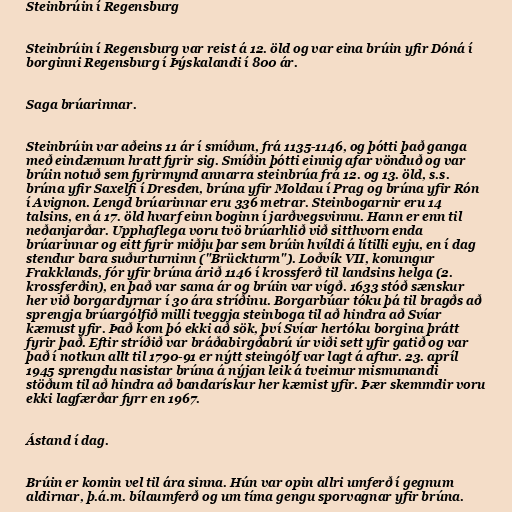
Steinbrúin í Regensburg

Steinbrúin í Regensburg var reist á 12. öld og var eina brúin yfir Dóná í
borginni Regensburg í Þýskalandi í 800 ár.

Saga brúarinnar.

Steinbrúin var aðeins 11 ár í smíðum, frá 1135-1146, og þótti það ganga
með eindæmum hratt fyrir sig. Smíðin þótti einnig afar vönduð og var
brúin notuð sem fyrirmynd annarra steinbrúa frá 12. og 13. öld, s.s.
brúna yfir Saxelfi í Dresden, brúna yfir Moldau í Prag og brúna yfir Rón
í Avignon. Lengd brúarinnar eru 336 metrar. Steinbogarnir eru 14
talsins, en á 17. öld hvarf einn boginn í jarðvegsvinnu. Hann er enn til
neðanjarðar. Upphaflega voru tvö brúarhlið við sitthvorn enda
brúarinnar og eitt fyrir miðju þar sem brúin hvíldi á lítilli eyju, en í dag
stendur bara suðurturninn ("Brückturm"). Loðvík VII, konungur
Frakklands, fór yfir brúna árið 1146 í krossferð til landsins helga (2.
krossferðin), en það var sama ár og brúin var vígð. 1633 stóð sænskur
her við borgardyrnar í 30 ára stríðinu. Borgarbúar tóku þá til bragðs að
sprengja brúargólfið milli tveggja steinboga til að hindra að Svíar
kæmust yfir. Það kom þó ekki að sök, því Svíar hertóku borgina þrátt
fyrir það. Eftir stríðið var bráðabirgðabrú úr viði sett yfir gatið og var
það í notkun allt til 1790-91 er nýtt steingólf var lagt á aftur. 23. apríl
1945 sprengdu nasistar brúna á nýjan leik á tveimur mismunandi
stöðum til að hindra að bandarískur her kæmist yfir. Þær skemmdir voru
ekki lagfærðar fyrr en 1967.

Ástand í dag.

Brúin er komin vel til ára sinna. Hún var opin allri umferð í gegnum
aldirnar, þ.á.m. bílaumferð og um tíma gengu sporvagnar yfir brúna.